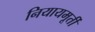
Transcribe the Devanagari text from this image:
नियायमूर्ती